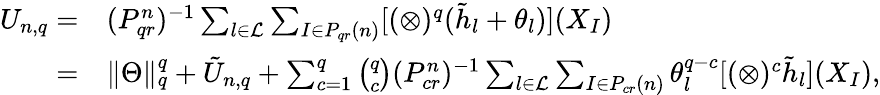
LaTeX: \begin{array}{rl}{U_{n,q}=}&{(P_{qr}^{n})^{-1}\sum_{l\in\mathcal{L}}\sum_{I\in P_{qr}(n)}[(\otimes)^{q}(\tilde{h}_{l}+\theta_{l})](X_{I})}\\ {=}&{\| \Theta\| _{q}^{q}+\tilde{U}_{n,q}+\sum_{c=1}^{q}\binom{q}{c}(P_{cr}^{n})^{-1}\sum_{l\in\mathcal{L}}\sum_{I\in P_{cr}(n)}\theta_{l}^{q-c}[(\otimes)^{c}\tilde{h}_{l}](X_{I}),}\end{array}